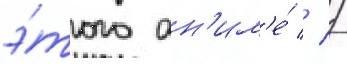
э́того ан'им'е́ // /